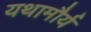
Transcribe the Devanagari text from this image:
यथामौर्य